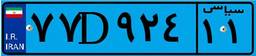
۸۸D۷۰۶۲۲